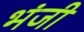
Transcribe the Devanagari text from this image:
भंजी